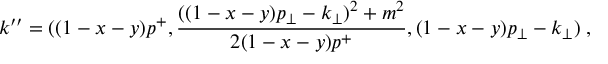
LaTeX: k ^ { \prime \prime } = ( ( 1 - x - y ) p ^ { + } , { \frac { ( ( 1 - x - y ) p _ { \perp } - k _ { \perp } ) ^ { 2 } + m ^ { 2 } } { 2 ( 1 - x - y ) p ^ { + } } } , ( 1 - x - y ) p _ { \perp } - k _ { \perp } ) \; ,